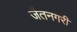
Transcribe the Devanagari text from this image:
जैतनगरी